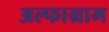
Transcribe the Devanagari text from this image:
अल्फाग्राम